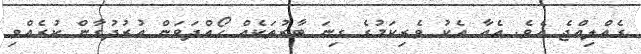
ގެއްލިއްޖެ އެވެ. އެއާ އެކު ވެރިކަމުގެ ގިނަ ބާރުތަކެއް ހޯއްދަވަން އުރުދުގާން ކުރެއްވި